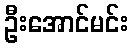
ဦးအောင်မင်း